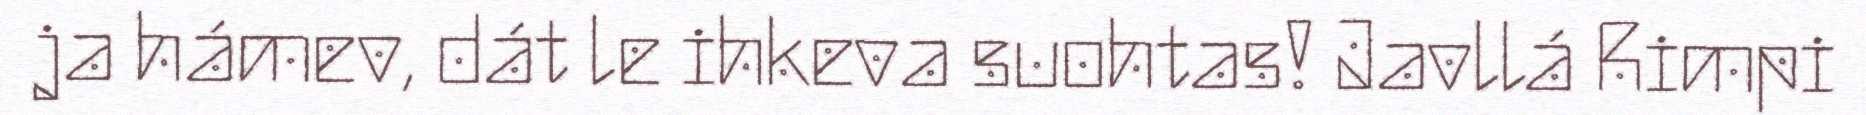
ja hámev, dát le ihkeva suohtas! Javllá Rimpi